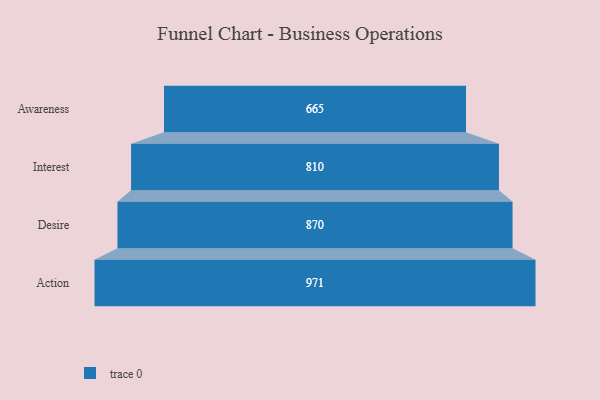
{"axis": {"x": "Stage", "y": "Value"}, "legend": [""], "data": [{"x": "Awareness", "y": 665.0, "type": ""}, {"x": "Interest", "y": 810.0, "type": ""}, {"x": "Desire", "y": 870.0, "type": ""}, {"x": "Action", "y": 971.0, "type": ""}]}